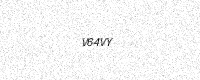
Text: V64VY